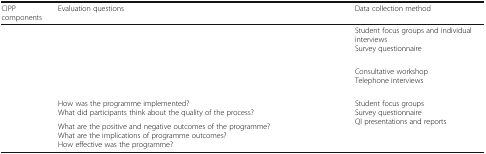
<table><thead><tr><td><b>CIPP components</b></td><td><b>Evaluation questions</b></td><td><b>Data collection method</b></td></tr></thead><tbody><tr><td>[EMPTY_CELL]</td><td>[EMPTY_CELL]</td><td>Student focus groups and individual interviewsSurvey questionnaire</td></tr><tr><td>[EMPTY_CELL]</td><td>[EMPTY_CELL]</td><td>Consultative workshopTelephone interviews</td></tr><tr><td>[EMPTY_CELL]</td><td>How was the programme implemented?What did participants think about the quality of the process?</td><td rowspan="2">Student focus groupsSurvey questionnaireQI presentations and reports</td></tr><tr><td>[EMPTY_CELL]</td><td>What are the positive and negative outcomes of the programme?What are the implications of programme outcomes?How effective was the programme?</td></tr></tbody></table>